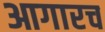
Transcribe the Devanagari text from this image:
आगारच